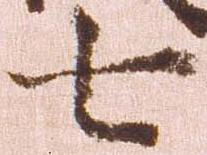
七